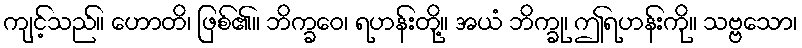
ကျင့်သည်။ ဟောတိ၊ ဖြစ်၏။ ဘိက္ခဝေ၊ ရဟန်းတို့။ အယံ ဘိက္ခု၊ ဤရဟန်းကို။ သဗ္ဗသော၊